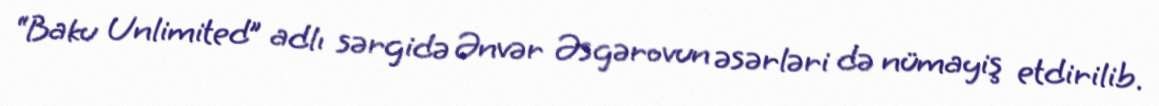
“Baku Unlimited” adlı sərgidə Ənvər Əsgərovun əsərləri də nümayiş etdirilib.